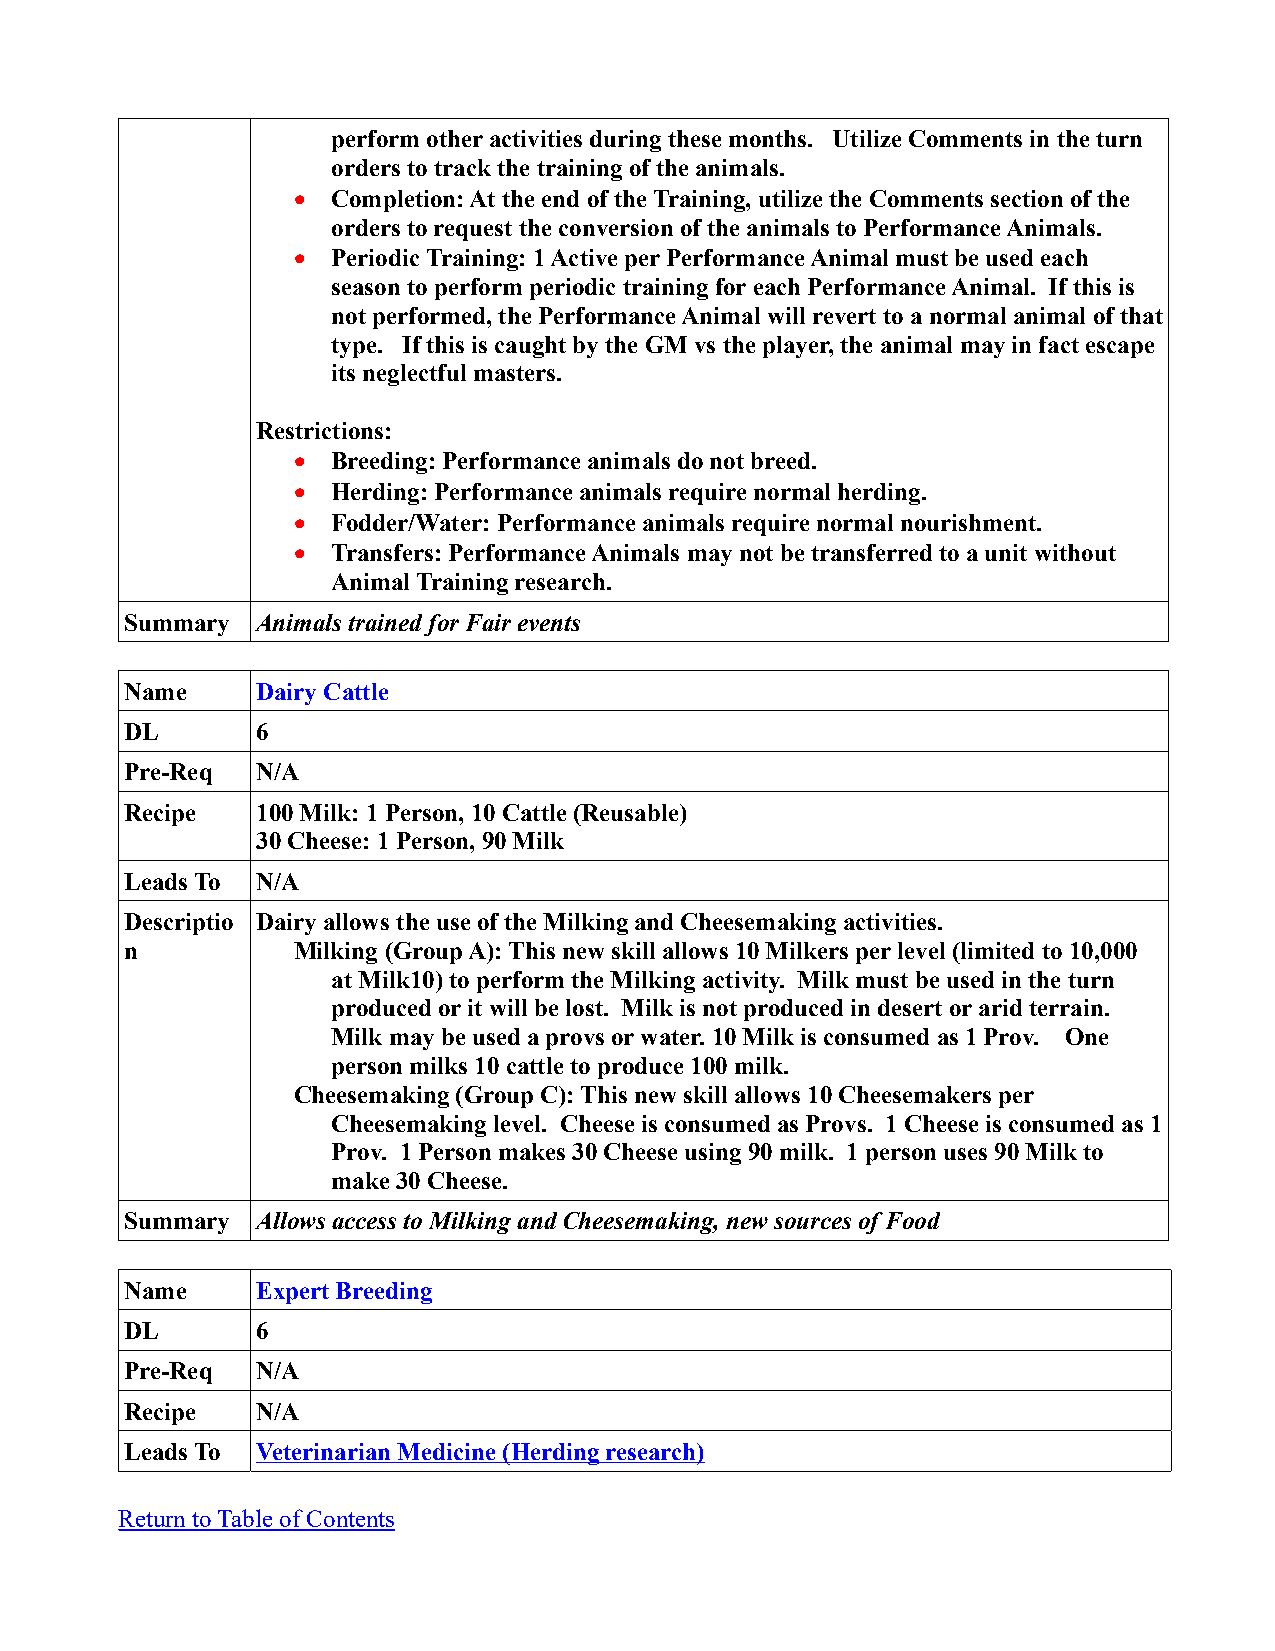
perform other activities during these months. Utilize Comments in the turn
 orders to track the training of the animals.
   Completion: At the end of the Training, utilize the Comments section of the
 orders to request the conversion of the animals to Performance Animals.
   Periodic Training: 1 Active per Performance Animal must be used each
 season to perform periodic training for each Performance Animal. If this is
 not performed, the Performance Animal will revert to a normal animal of that
 type. If this is caught by the GM vs the player, the animal may in fact escape
 its neglectful masters.
 Restrictions:
   Breeding: Performance animals do not breed.
   Herding: Performance animals require normal herding.
   Fodder/Water: Performance animals require normal nourishment.
   Transfers: Performance Animals may not be transferred to a unit without
 Animal Training research.
 Summary  Animals trained for Fair events
 Name     Dairy Cattle
 DL       6
 Pre-Req  N/A
 Recipe   100 Milk: 1 Person, 10 Cattle (Reusable)
 30 Cheese: 1 Person, 90 Milk
 Leads To N/A
 Descriptio Dairy allows the use of the Milking and Cheesemaking activities.
 n          Milking (Group A): This new skill allows 10 Milkers per level (limited to 10,000
 at Milk10) to perform the Milking activity. Milk must be used in the turn
 produced or it will be lost. Milk is not produced in desert or arid terrain.
 Milk may be used a provs or water. 10 Milk is consumed as 1 Prov. One
 person milks 10 cattle to produce 100 milk.
 Cheesemaking (Group C): This new skill allows 10 Cheesemakers per
 Cheesemaking level. Cheese is consumed as Provs. 1 Cheese is consumed as 1
 Prov. 1 Person makes 30 Cheese using 90 milk. 1 person uses 90 Milk to
 make 30 Cheese.
 Summary  Allows access to Milking and Cheesemaking, new sources of Food
 Name     Expert Breeding
 DL       6
 Pre-Req  N/A
 Recipe   N/A
 Leads To Veterinarian Medicine (Herding research)
 Return to Table of Contents